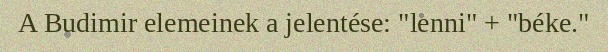
A Budimir elemeinek a jelentése: "lenni" + "béke."